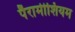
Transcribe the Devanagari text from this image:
पैरामीशियम